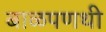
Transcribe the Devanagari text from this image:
बाळपणथी